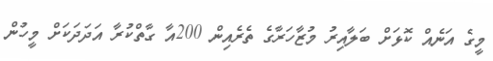
މީގެ އަނެއް ކޮޅަށް ބަލާއިރު މުޒާހަރާގެ ތެރެއިން 200އާ ގާތްކުރާ އަދަދަކަށް މީހުން